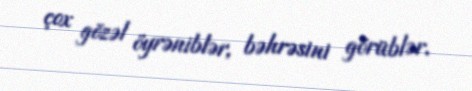
çox gözəl öyrəniblər, bəhrəsini görüblər.